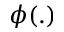
\phi ( . )